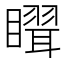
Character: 𥋉